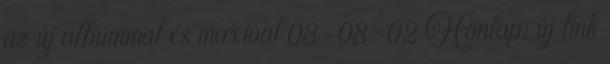
az új albummal és maxival 03-08-02 Honlap: új link